Indian journal of veterinary science and animal husbandry - Volumes 26-27, 1956-1957
Year: 1956
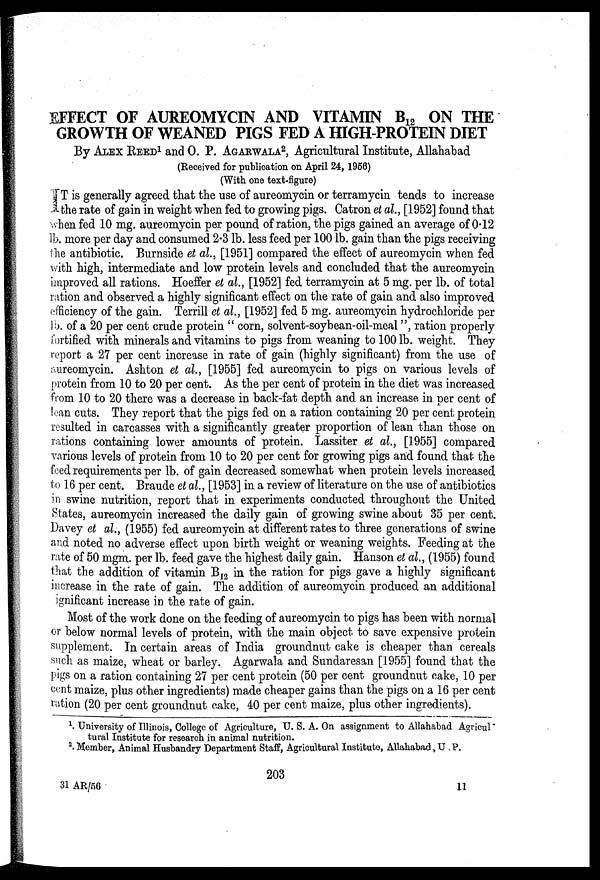
EFFECT OF AUREOMYCIN AND VITAMIN B 12 ON THE
GROWTH OF WEANED PIGS FED A HIGH-PROTEIN DIET
By ALEX REED1 AND O. P. AGARWALA2, Agricultural Institute, Allahabad
(Received for publication on April 24, 1956)
(With one text-figure)
T is generally agreed that the use of aureomycin or terramycin tends to increase
the rate of gain in weight when fed to growing pigs. Catron et al., [1952] found that
when fed 10 mg. aureomycin per pound of ration, the pigs gained an average of 0.12
lb. more per day and consumed 2.3 lb. less feed per 100 lb. gain than the pigs receiving
the antibiotic. Burnside et al., [1951] compared the effect of aureomycin when fed
with high, intermediate and low protein levels and concluded that the aureomycin
improved all rations. Hoeffer et al., [1952] fed terramycin at 5 mg. per lb. of total
ration and observed a highly significant effect on the rate of gain and also improved
efficiency of the gain. Terrill et al., [1952] fed 5 mg. aureomycin hydrochloride per
lb. of a 20 per cent crude protein " corn, solvent-soybean-oil-meal", ration properly
fortified with minerals and vitamins to pigs from weaning to 100 lb. weight. They
report a 27 per cent increase in rate of gain (highly significant) from the use of
aureomycin. Ashton et al., [1955] fed aureomycin to pigs on various levels of
protein from 10 to 20 per cent. As the per cent of protein in the diet was increased
from 10 to 20 there was a decrease in back-fat depth and an increase in per cent of
lean cuts. They report that the pigs fed on a ration containing 20 per cent protein
resulted in carcasses with a significantly greater proportion of lean than those on
rations containing lower amounts of protein. Lassiter et al., [1955] compared
various levels of protein from 10 to 20 per cent for growing pigs and found that the
feed requirements per lb. of gain decreased somewhat when protein levels increased
to 16 per cent. Braude et al., [1953] in a review of literature on the use of antibiotics
in swine nutrition, report that in experiments conducted throughout the United
States, aureomycin increased the daily gain of growing swine about 35 per cent.
Davey et al., (1955) fed aureomycin at different rates to three generations of swine
and noted no adverse effect upon birth weight or weaning weights. Feeding at the
rate of 50 mgm. per lb. feed gave the highest daily gain. Hanson et al., (1955) found
that the addition of vitamin B 12 in the ration for pigs gave a highly significant
increase in the rate of gain. The addition of aureomycin produced an additional
significant increase in the rate of gain.
Most of the work done on the feeding of aureomycin to pigs has been with normal
or below normal levels of protein, with the main object to save expensive protein
supplement. In certain areas of India groundnut cake is cheaper than cereals
such as maize, wheat or barley. Agarwala and Sundaresan [1955] found that the
pigs on a ration containing 27 per cent protein (50 per cent groundnut cake, 10 per
cent maize, plus other ingredients) made cheaper gains than the pigs on a 16 per cent
ration (20 per cent groundnut cake, 40 per cent maize, plus other ingredients).
1 University of Illinois, College of Agriculture, U. S. A. On assignment to Allahabad Agricul-
tural Institute for research in animal nutrition.
2 . Member, Animal Husbandry Department Staff, Agricultural Institute, Allahabad, U.P.
203
31 AR/56
11